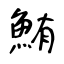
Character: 鮪